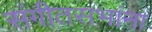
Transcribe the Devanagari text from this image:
संगीतसभांना